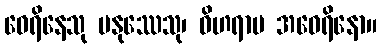
ဝေရိနေသု မနုဿေသု၊ ဝိဟရာမ အဝေရိနော။